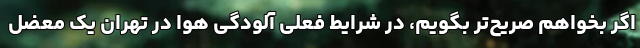
اگر بخواهم صریح‌تر بگویم، در شرایط فعلی آلودگی هوا در تهران یک معضل